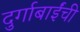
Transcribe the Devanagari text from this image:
दुर्गाबाईंची